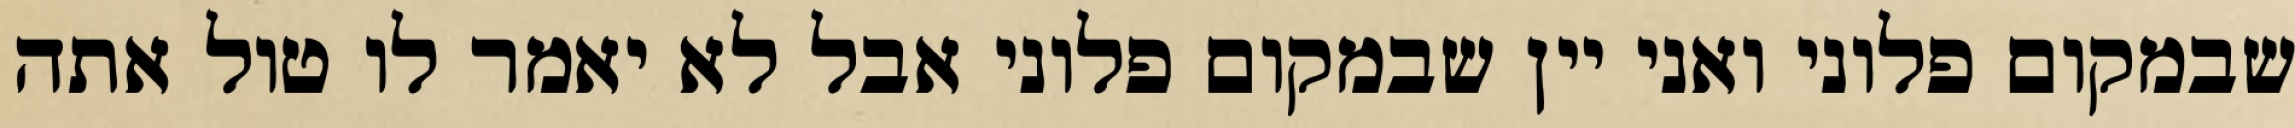
שבמקום פלוני ואני יין שבמקום פלוני אבל לא יאמר לו טול אתה